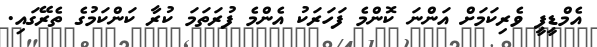
އެމްޑީޕީ ވެރިކަމަށް އަންނަ ކޮންމެ ފަހަރަކު އެންމެ ފުރަތަމަ ކުރާ ކަންކަމުގެ ތެރޭގައި.